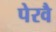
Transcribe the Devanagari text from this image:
पेरवै